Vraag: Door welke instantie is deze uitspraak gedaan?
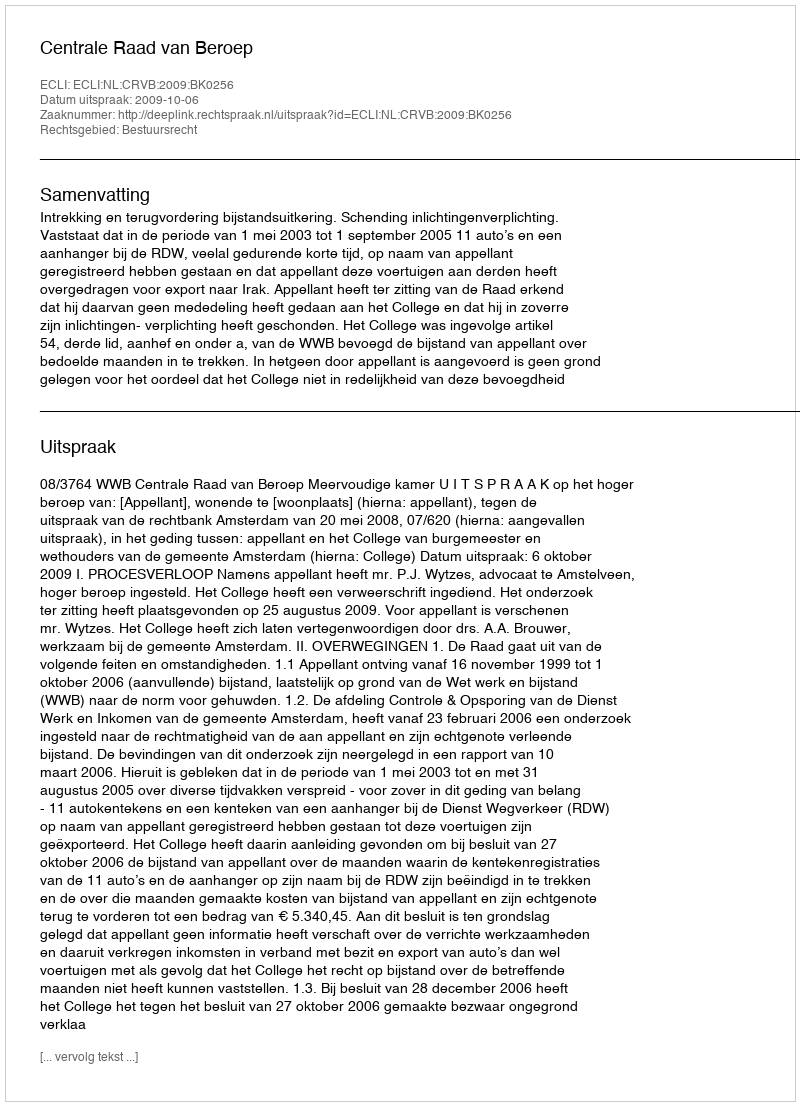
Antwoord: Centrale Raad van Beroep